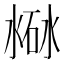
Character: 𣸐